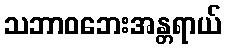
သဘာဝဘေးအန္တရာယ်